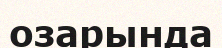
озарында